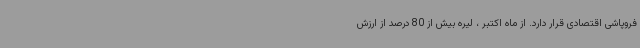
فروپاشی اقتصادی قرار دارد. از ماه اکتبر ، لیره بیش از 80 درصد از ارزش